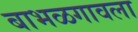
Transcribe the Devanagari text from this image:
बाभळगावला